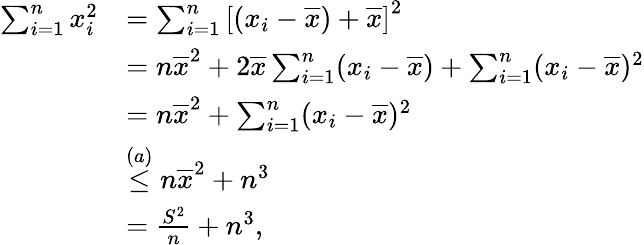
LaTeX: \begin{array}{rl}{\sum_{i=1}^{n}x_{i}^{2}}&{=\sum_{i=1}^{n}\left[(x_{i}-\overline{x})+\overline{x}\right]^{2}}\\ &{=n\overline{x}^{2}+2\overline{x}\sum_{i=1}^{n}(x_{i}-\overline{x})+\sum_{i=1}^{n}(x_{i}-\overline{x})^{2}}\\ &{=n\overline{x}^{2}+\sum_{i=1}^{n}(x_{i}-\overline{x})^{2}}\\ &{\stackrel{(a)}\le n\overline{x}^{2}+n^{3}}\\ &{=\frac{S^{2}}n+n^{3},}\end{array}